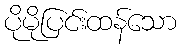
ပိုမိုပြင်းထန်သော